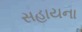
સહાયના